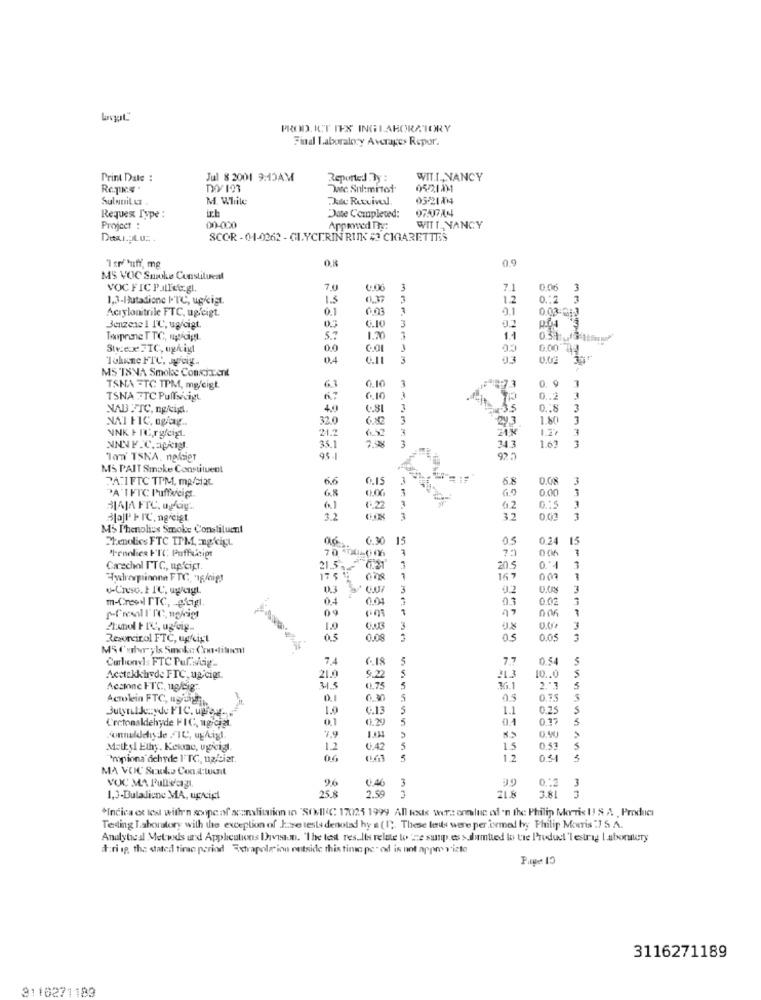
PROD. ICT IES INGLABORATORY
Find Laboratory Averages Repor.
Print Date :
Jul 8 2001 9:15AM
Reported By :
WIT.L ., NANCY
Dec. Sul:mitof
0521131
Sulnuit Lt
M. While
Au Rutvivel.
ich
077A4
Requex Type :
Date Completed:
Project :
00-000
Appeweed The:
WITT_ NANCY
SCOR -01-0262 - GLYCERIN RUNK # CIGARETTES
0.9
MS VOC Smoke Constituent
VOC FIC P.Illetgl
7.0
3
7.1
0.06
3
1,3-Butadione I.T℃, up/cigt.
1.5
0.37
1.2
0.12
3
Acıylonitrile FTC, ugeigt.
0.1
6.03
0.1
0.03
3
Benzene 1 1℃, ug/cigt.
C.10
Topeine TTC, wpldigt.
5 7
1.20
1.1
0.0
1
0.00 44
Tokine FIC, Jgcig-
0.4
C.11
3
MS TSNA Smoke Conccixent
6.10
1
0. 9
TSNA =TC TPM, mg/cigt.
6.3
73
TSNA FTC Pullscigt
6.10
0 .. 2
NAB FTC, ng/cip.
4.9
481
3
0.18
3
NAI FIC, ogag ..
32.0
3
1.80
3
21.2
3
1.7
NNK FTC,rgfeigL
6.37
34 3
1.67
35.1
3
Tom' TSKA, nodier
MS PAIT Smoke Constituent
----
PATIFTC TPM, mp/ciat
6.6
5.8
0.08
6.8
69
0.00
PA I FTC P'ufficigt
0.00
BAJA FTC, OgGy ..
1.22
6.2
Blall' FIC, ngreigt
3.2
32
MS Thenolics Smoke Constituent
Lenolics FTC TPM, ag.kigt
15
05
0.24
70 00-006
Carechol I'TC, up'cipt.
21.5.
20.5
17 5 99
167
002
v-Urso.1 1C, uw/cigt.
0.3
3
02
m-Creow TTC, e'cigl.
00
7
0.02
09
1
1.0
3
Resorcinol FTC, ugfeigt
0.5
0.09
3
0.05
M5 Cerhryls Smoke Condituent
Carbonyl: FTC Puf.sutig ..
7,4
6.18
5
0.54
Acctakktrede FTC, ug cigr.
21.9
9,2
213
10 .. 0
Acstone FTC, ugfig ..
315
0.75
5
36.1
Actokein FTC, ugitight
0.1
0.30
5
ButynlJeyde FIC. upog-
1.0
C.13
1.1
0.25
5
Cretonaldehyde PIC, ugrcjat.
0.1
11.29
5
01
0.37
5
7.9
connulddiy de FIC, ufigl.
0,40
Metkel Ethy. Ketac, ugkcigl
12
0.42
5
1.5
0.53
S
'mpiona dehyde FTC, uglier.
0.6
1.2
04
MA VOC Scudo Con.al:tuut
VOC MA Pullvag
9.6
0.46
3
3
25.8
1.3-Duladione MA, uprcipt
2.59
21.8
3.81 3
*Indica et les with'n soupe af scanslitation in "SONIC 17025 1999 All toske wers ennluc of 'n the Philip Morris U! & A , Product
Tending Laboratory with the exception of Jose tests denoted hy a (1). These leds were performed by Philip Morris :7 S.A.
Analyteal Metwds und Applications Davran. "The test results relate to 'ne susp.es >dumtied lo tre Product 'lestrag Laboratory
t:ri ip, the stated time period Extrapolation outside this times per od is not appropriate
Page 13
3116271189
3110271183